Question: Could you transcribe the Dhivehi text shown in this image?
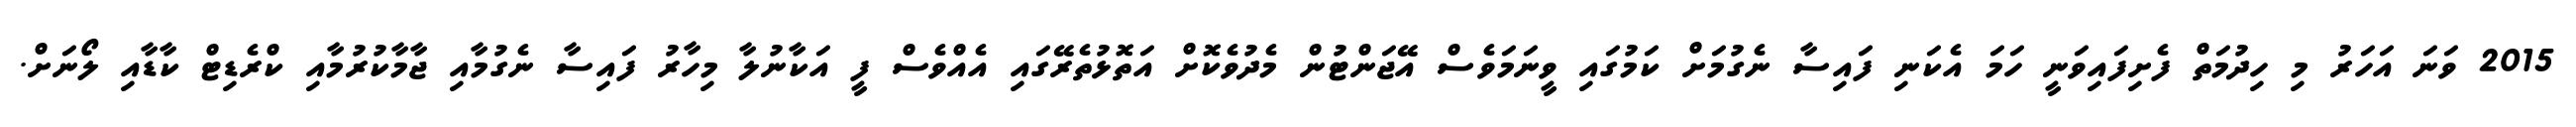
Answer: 2015 ވަނަ އަހަރު މި ހިދުމަތް ފެށިފައިވަނީ ހަމަ އެކަނި ފައިސާ ނެގުމަށް ކަމުގައި ވީނަމަވެސް އޭޖަންޓުން މެދުވެކޮށް އަތޮޅުތެރޭގައި އެއްވެސް ފީ އަކާނުލާ މިހާރު ފައިސާ ނެގުމާއި ޖާމާކުރުމާއި ކްރެޑިޓް ކާޑާއި ލޯނަށް.